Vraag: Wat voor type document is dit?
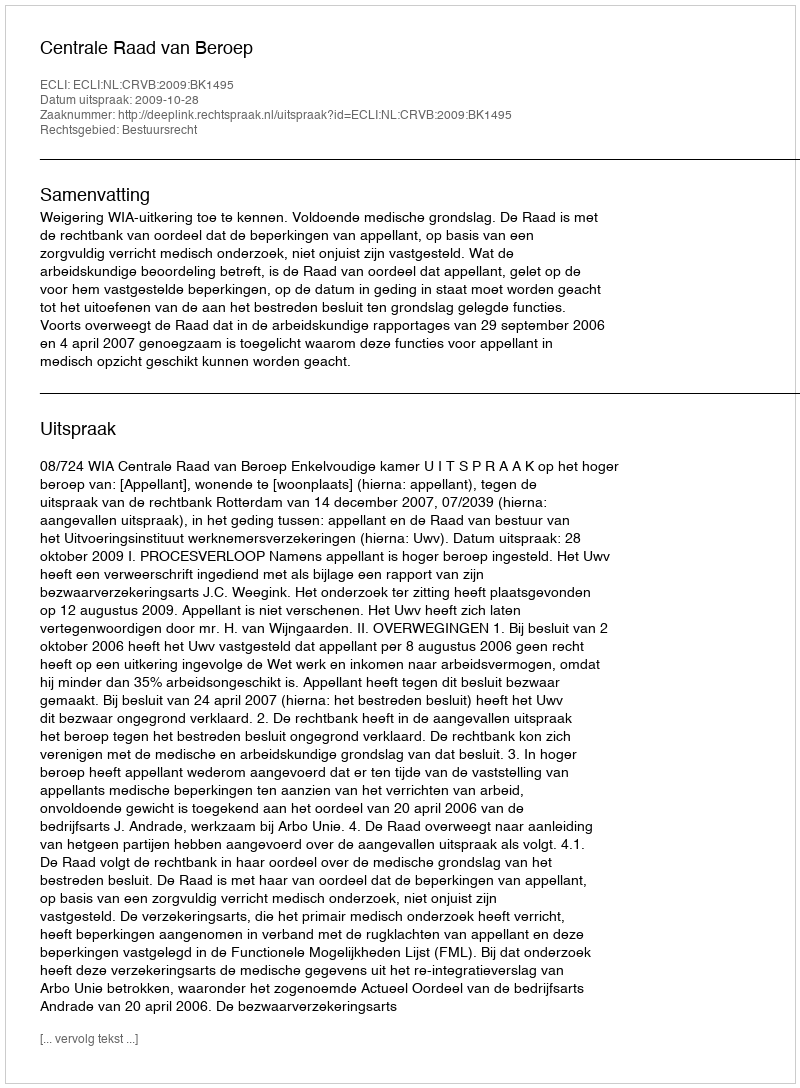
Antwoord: Uitspraak